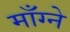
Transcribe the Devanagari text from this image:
माँग्ने